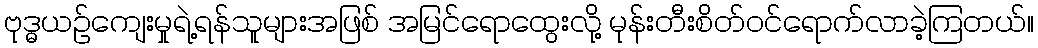
ဗုဒ္ဓယဉ်ကျေးမှုရဲ့ရန်သူများအဖြစ် အမြင်ရောထွေးလို့ မုန်းတီးစိတ်ဝင်ရောက်လာခဲ့ကြတယ်။